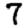
Digit: 7